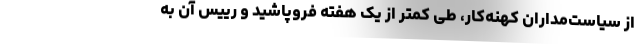
از سیاست‌مداران کهنه‌کار، طی کمتر از یک هفته فروپاشید و رییس آن به